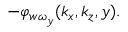
- \varphi _ { w \omega _ { y } } ( k _ { x } , k _ { z } , y ) .